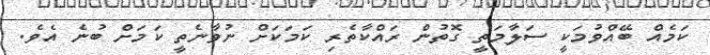
ކަމެއް ބޭއްވުމަކީ ސަލާމަތީ ގޮތުން ރައްކާތެރި ކަމަކަށް ނުވާނެތީ ކަމަށް ބުނެ އެވެ.